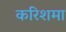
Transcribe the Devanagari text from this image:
करिशमा